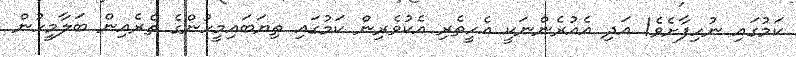
ކަމުގައި ނުހިފާށެވެ! އަދި އެއުރެންނަކީ އެހީތެރި އެކުވެރިން ކަމުގައި ތިޔަބައިމީހުންގެ ތެރެއިން ބަލާމީހުން